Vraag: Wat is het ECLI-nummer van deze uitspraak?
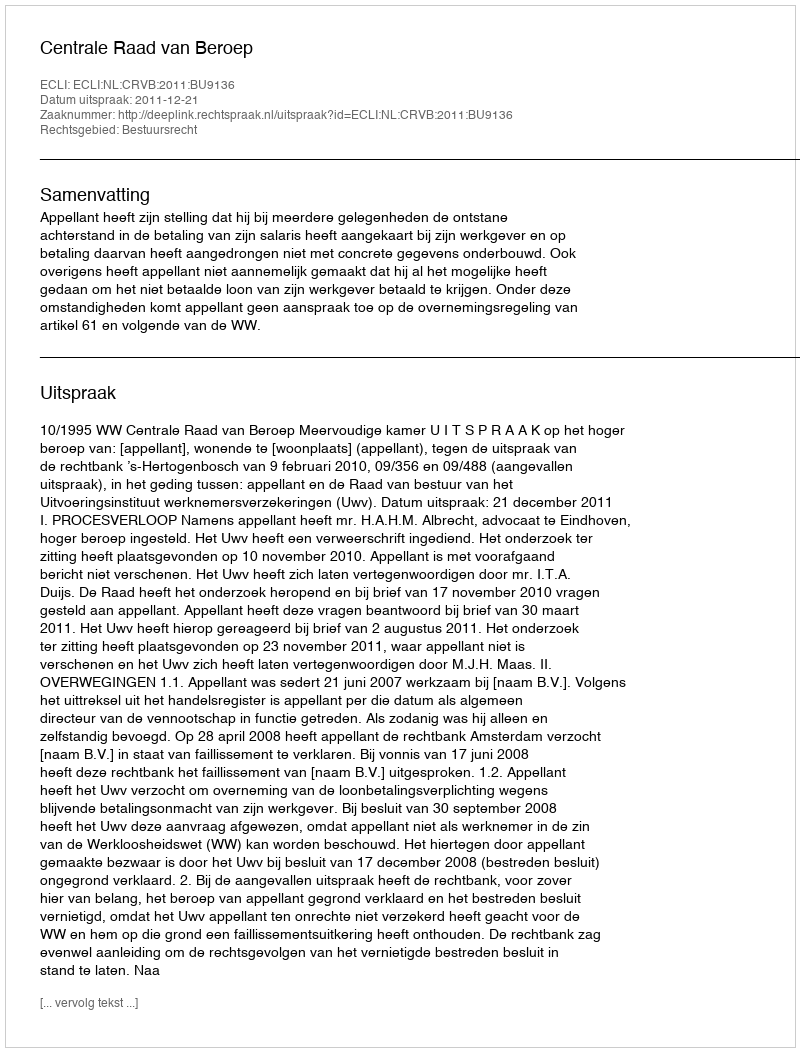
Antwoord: ECLI:NL:CRVB:2011:BU9136